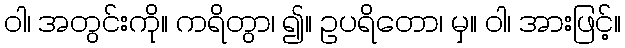
ဝါ၊ အတွင်းကို။ ကရိတွာ၊ ၍။ ဥပရိတော၊ မှ။ ဝါ၊ အားဖြင့်။